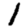
Digit: 1